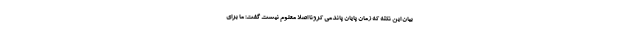
بیان این نکته که زمان پایان پاندمی کرونا اصلا معلوم نیست گفت: ما برای